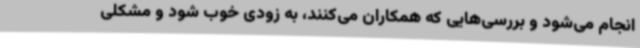
انجام می‌شود و بررسی‌هایی که همکاران می‌کنند، به زودی خوب شود و مشکلی